Punjab Mental Hospital Lahore 1922-31 - 1922-1931
Year: 1922
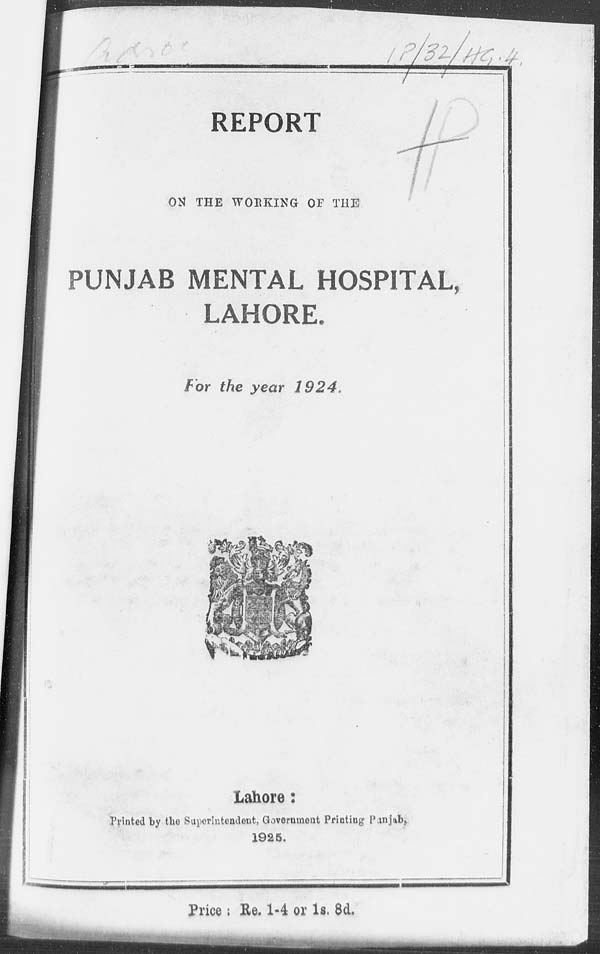
REPORT
ON THE WORKING OF THE
PUNJAB MENTAL HOSPITAL,
LAHORE.
For the year
1924.
Lahore:
Printed by the Superintendent, Government Printing Punjab,
1925.
Price ; Re. 1-4 or 1s. 8d.